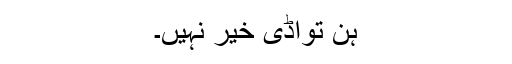
ہن تواڈی خیر نہیں۔